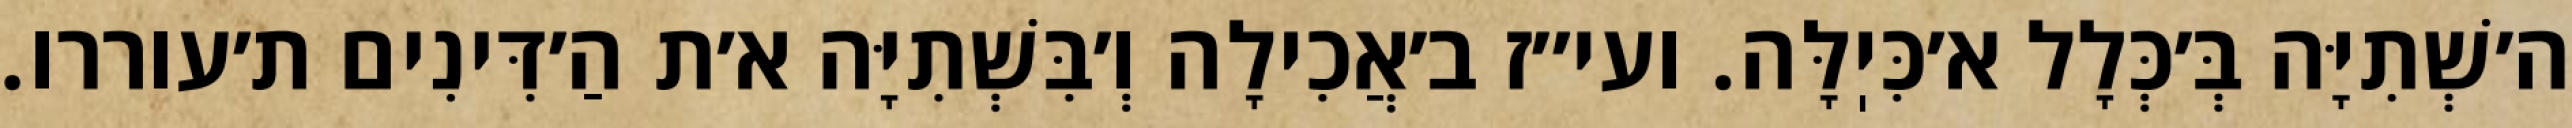
ה׳שְׁתִיָּה בְּ׳כְּלָל א׳כִּיֽלָּה. ועי״ז ב׳אֲכִילָה וְ׳בִּשְׁתִיָּה א׳ת הַ׳דִּינִים ת׳עוררו.